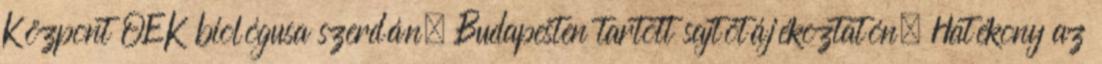
Központ OEK biológusa szerdán, Budapesten tartott sajtótájékoztatón. Hatékony az